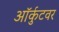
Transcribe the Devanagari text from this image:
ऑर्कुटवर